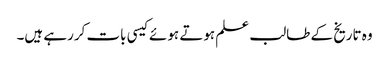
وہ تاریخ کے طالب علم ہوتے ہوئے کیسی بات کررہے ہیں۔